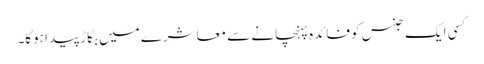
کسی ایک جنس کو فائدہ پہنچانے سے معاشرے میں بگاڑ پیدا ہوگا۔